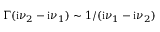
\Gamma ( \mathrm { i } \nu _ { 2 } - \mathrm { i } \nu _ { 1 } ) \sim 1 / ( \mathrm { i } \nu _ { 1 } - \mathrm { i } \nu _ { 2 } )